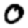
Digit: 0